Tartu_linnavalitsus, lk 84
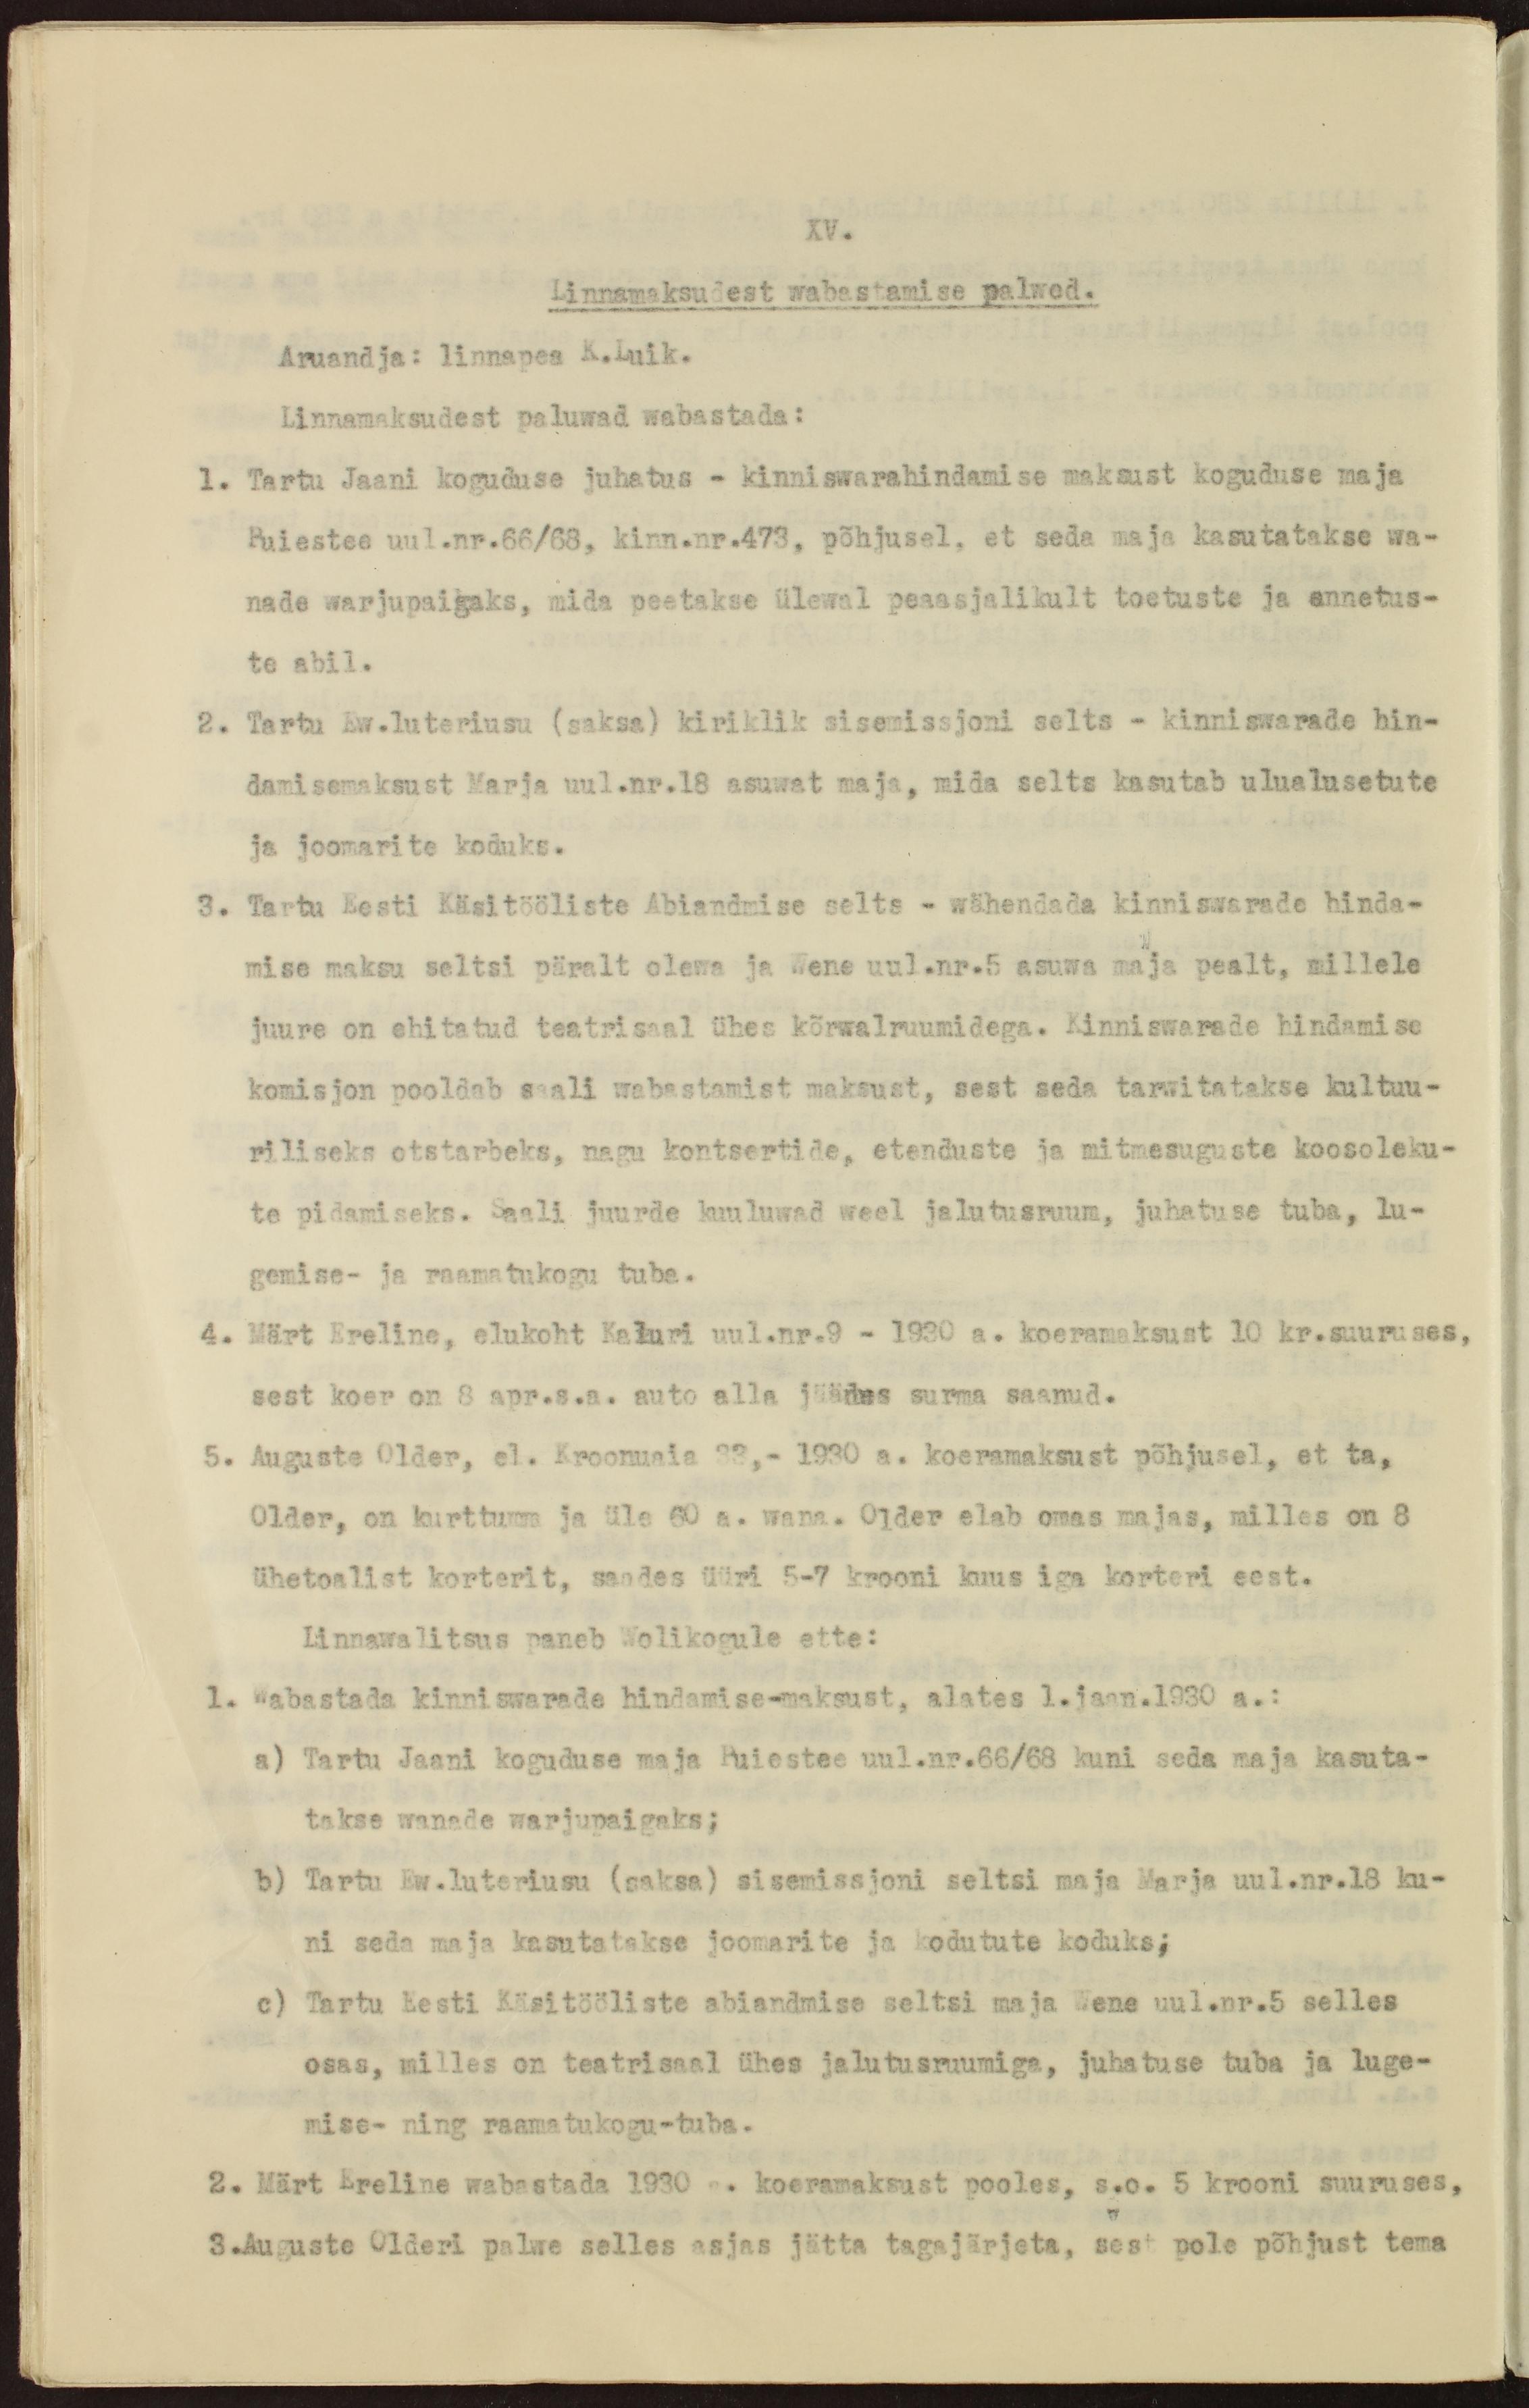
XV.
Linnamaksudest wabastamise palwed.
Aruandja: linnapea K.Luik.
Linnamaksudest paluwad wabastada:
1. Tartu Jaani koguduse juhatus - kinniswarahindamise maksust koguduse maja
Puiestee uul.nr.66/68, kinn.nr.473, põhjusel, et seda maja kasutatakse wa-
nade warjupaigaks, mida peetakse ülewal peaasjalikult toetuste ja annetus-
te abil.
2. Tartu Ew.luteriusu (saksa) kiriklik sisemissjoni selts - kinniswarade hin-
damisemaksust Marja uul.nr.18 asuwat maja, mida selts kasutab ulualusetute
ja joomarite koduks.
3. Tartu Eesti Käsitööliste Abiandmise selts - wähendada kinniswarade hinda-
mise maksu seltsi päralt olewa ja Wene uul.nr.5 asuwa maja pealt, millele
juure on ehitatud teatrisaal ühes kõrwalruumidega. Kinniswarade hindamise
komisjon pooldab saali wabastamist maksust, sest seda tarwitatakse kultuu-
riliseks otstarbeks, nagu kontsertide, etenduste ja mitmesuguste koosoleku-
te pidamiseks. Saali juurde kuuluwad weel jalutusruum, juhatuse tuba, lu-
gemise- ja raamatukogu tuba.
4. Märt Ereline, elukoht Kaluri uul.nr.9 - 1930 a. koeramaksust 10 kr.suuruses,
sest koer on 8 apr.s.a. auto alla jäädes surma saanud.
5. Auguste Older, el. Kroonuaia 33,- 1930 a. koeramaksust põhjusel, et ta,
Older, on kurttumm ja üle 60 a. wana. Older elab omas majas, milles on 8
ühetoalist korterit, saades üüri 5-7 krooni kuus iga korteri eest.
Linnawalitsus paneb Wolikogule ette:
1. Wabastada kinniswarade hindamise-maksust, alates 1.jaan.1930 a.:
a) Tartu Jaani koguduse maja Puiestee uul.nr.66/68 kuni seda maja kasuta-
takse wanade warjupaigaks;
b) Tartu Ew.luteriusu (saksa) sisemissjoni seltsi maja Marja uul.nr.18 ku-
ni seda maja kasutatakse joomarite ja kodutute koduks;
c) Tartu Eesti Käsitööliste abiandmise seltsi maja Wene uul.nr.5 selles
osas, milles on teatrisaal ühes jalutusruumiga, juhatuse tuba ja luge-
mise- ning raamatukogu-tuba.
2. Märt Ereline wabastada 1930 a. koeramaksust pooles, s.o. 5 krooni suuruses,
3.Auguste Olderi palwe selles asjas jätta tagajärjeta, sest pole põhjust tema